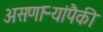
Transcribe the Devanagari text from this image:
असणाऱ्यांपैकी